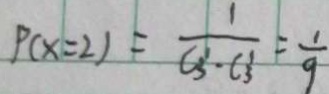
P ( x = 2 ) = \frac { 1 } { C _ { 3 } ^ { 1 } - C _ { 3 } ^ { 1 } } = \frac { 1 } { 9 }